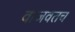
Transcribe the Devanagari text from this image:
वाजवतच